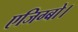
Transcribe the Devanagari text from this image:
एजिग्बो।